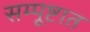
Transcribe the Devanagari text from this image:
सम्पूष्टात